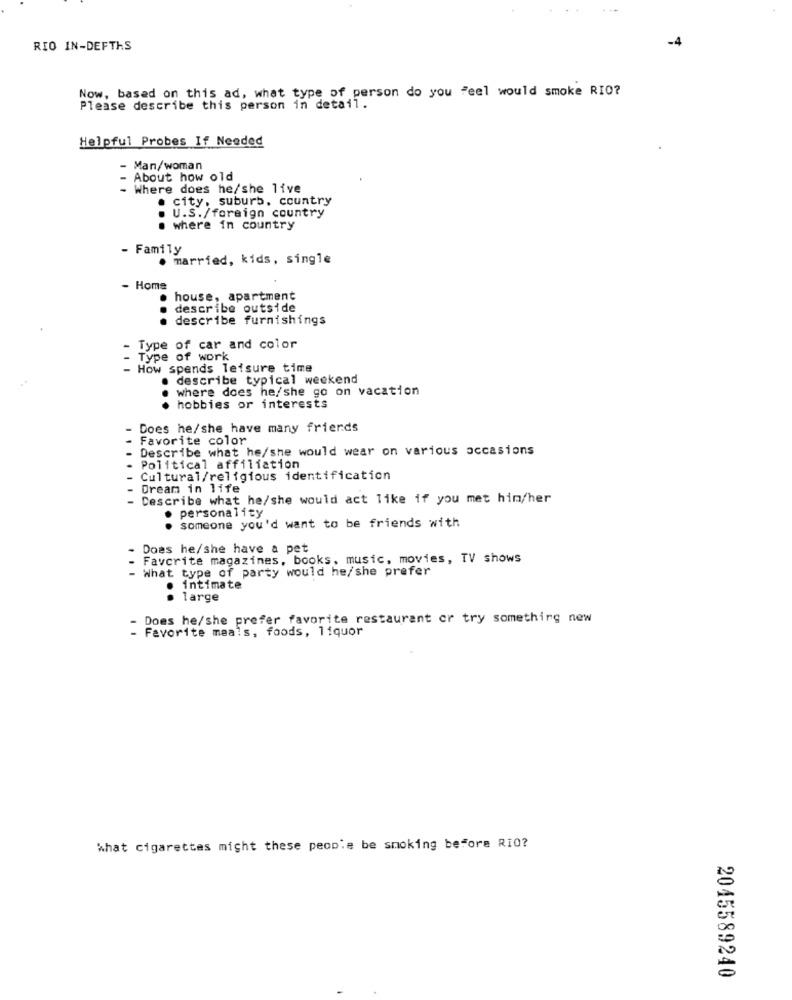
RIO IN-DEFTHS
Now, based on this ad, what type of person do you Feel would smoke RIO?
Please describe this person in detail.
Helpful Probes If Needed
Man/woman
About how old
Where does he/she live
city, suburb, country
U.S./foreign country
where in country
- Family
married, kids, single
- Home
house, apartment
describe outside
..
describe furnishings
- Type of car and color
Type of work
- How spends leisure time
describe typical weekend
where does he/she go on vacation
. hobbies or interests
Does he/she have many friends
Favorite color
Describe what he/she would wear on various occasions
Political affiliation
Cultural/religious identification
Dream in life
- Describe what he/she would act like if you met him/her
. personality
. someone you'd want to be friends with
- Does he/she have a pet
Favorite magazines, books, music, movies, TV shows
- What type of party would he/she prefer
. intimate
large
- Does he/she prefer favorite restaurant or try something new
- Favorite meals, foods, liquor
what cigarettes might these people be smoking before RIO?
2045589240